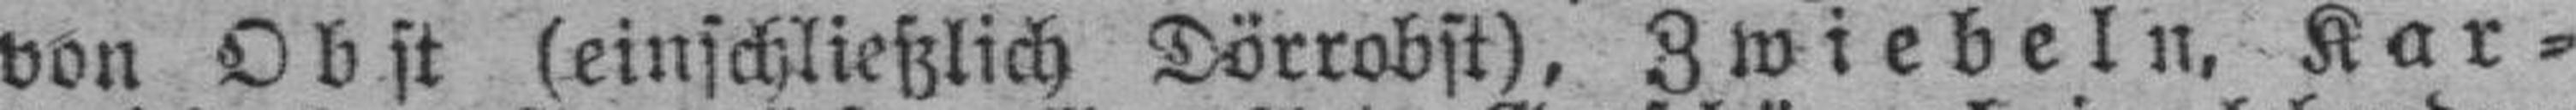
von Obst (einschließlich Dörrobst), Zwiebeln, Kar¬